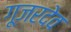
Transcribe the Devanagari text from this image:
गूजरदेव